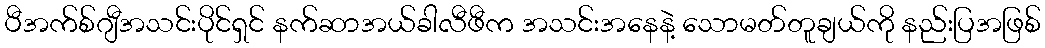
ပီအက်စ်ဂျီအသင်းပိုင်ရှင် နက်ဆာအယ်ခါလီဖီက အသင်းအနေနဲ့ သောမတ်တူချယ်ကို နည်းပြအဖြစ်